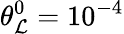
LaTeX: \theta_{\mathcal{L}}^{0}={{10}^{-4}}